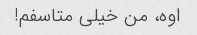
اوه، من خیلی متاسفم!